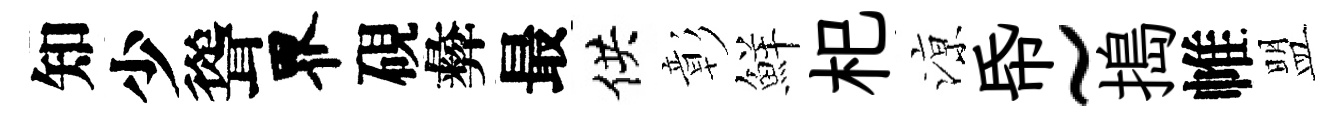
知少聳界硯彜最供彰鮮𣏌鿌帋~搗帷盟